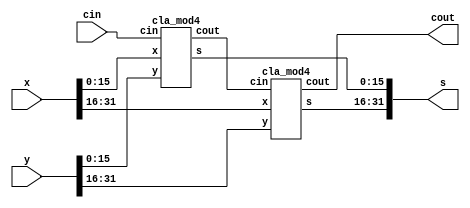
/*module cla(input [31:0]x,y,input cin,output [31:0]s,output cout);
wire [31:0]c;
integer i;
assign c[0]=cin;
always@(x,y);
initial begin

for(i=0;i<32;i=i+1)
begin
cla_mod cla0(x[i],y[i],c[i],s[i],c[i+1]);
end

end
assign cout=c[31];
endmodule

module cla_mod(input x,y,cin,output s,cout);
wire g,p;
assign s=x^y^cin;
assign g=x&y;
assign p=x|y;
assign cout= g|(p&cin);
endmodule*/

//source 32bit code
module cla(input [31:0]x,y,input cin,output [31:0]s,output cout);
wire c1;
cla_mod4 cl0(x[15:0],y[15:0],cin,s[15:0],c1);
cla_mod4 cl1(x[31:16],y[31:16],c1,s[31:16],cout);
endmodule


//16bit
module cla_mod4(input [15:0]x,y,input cin,output [15:0]s,output cout);
wire c1;
cla_mod3 cl0(x[7:0],y[7:0],cin,s[7:0],c1);
cla_mod3 cl1(x[15:8],y[15:8],c1,s[15:8],cout);
endmodule


//8bit
module cla_mod3(input [7:0]x,y,input cin,output [7:0]s,output cout);
wire c1,c2,c3,c4,c5,c6,c7;
cla_mod2 cl0(x[3:0],y[3:0],cin,s[3:0],c1);
cla_mod2 cl1(x[7:4],y[7:4],c1,s[7:4],cout);
endmodule

//4bit
module cla_mod2(input [3:0]x,y,input cin,output [3:0]s,output cout);
wire c1,c2,c3;
cla_mod1 cl0(x[0],y[0],cin,s[0],c1);
cla_mod1 cl1(x[1],y[1],c1,s[1],c2);
cla_mod1 cl2(x[2],y[2],c2,s[2],c3);
cla_mod1 cl3(x[3],y[3],c3,s[3],cout);
endmodule



//sum and carry genration
module cla_mod1(input x,y,cin,output s,cout);
wire g,p;
assign s=x^y^cin;
assign g=x&y;
assign p=x|y;
assign cout= g|(p&cin);
endmodule